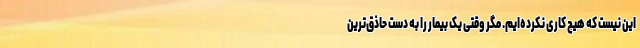
این نیست که هیچ کاری نکرده‌ایم. مگر وقتی یک بیمار را به دست حاذق‌ترین